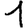
Digit: 1